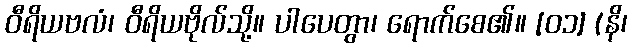
ဝီရိယဗလံ၊ ဝီရိယဗိုလ်သို့။ ပါပေတွာ၊ ရောက်စေ၏။ [၀၁] (နိ၊